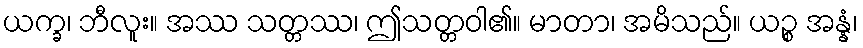
ယက္ခ၊ ဘီလူး။ အဿ သတ္တဿ၊ ဤသတ္တဝါ၏။ မာတာ၊ အမိသည်။ ယဉ္စ အန္နံ၊